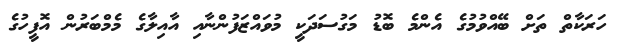
ހަރަކާތް ތަށް ބޭއްވުމުގެ އެންމެ ބޮޑު މަގުސަދަކީ މުވައްޒަފުންނާއި އާއިލާގެ މެމްބަރުން އޮފީހުގެ